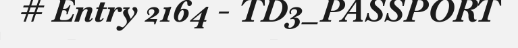
# Entry 2164 - TD3_PASSPORT